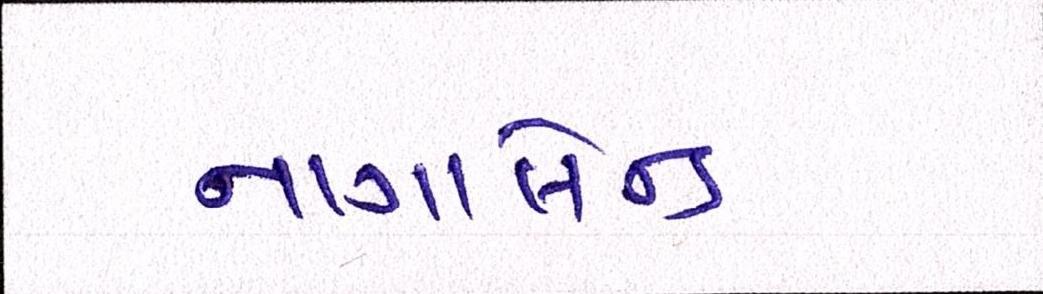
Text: નાગાલેન્ડ